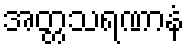
အတ္တသရဏာနံ